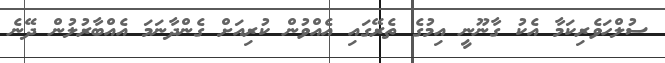
ސުލްހަވެރިކަމާ އެކު ގާނޫނީ އިމުގެ ތެރޭގައި އެއްވުން ކުރިއަށް ގެންދާނަމަ އެއްބާރުލުން ދޭނެ